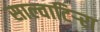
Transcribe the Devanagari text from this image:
साल्वाटिर्‍रा